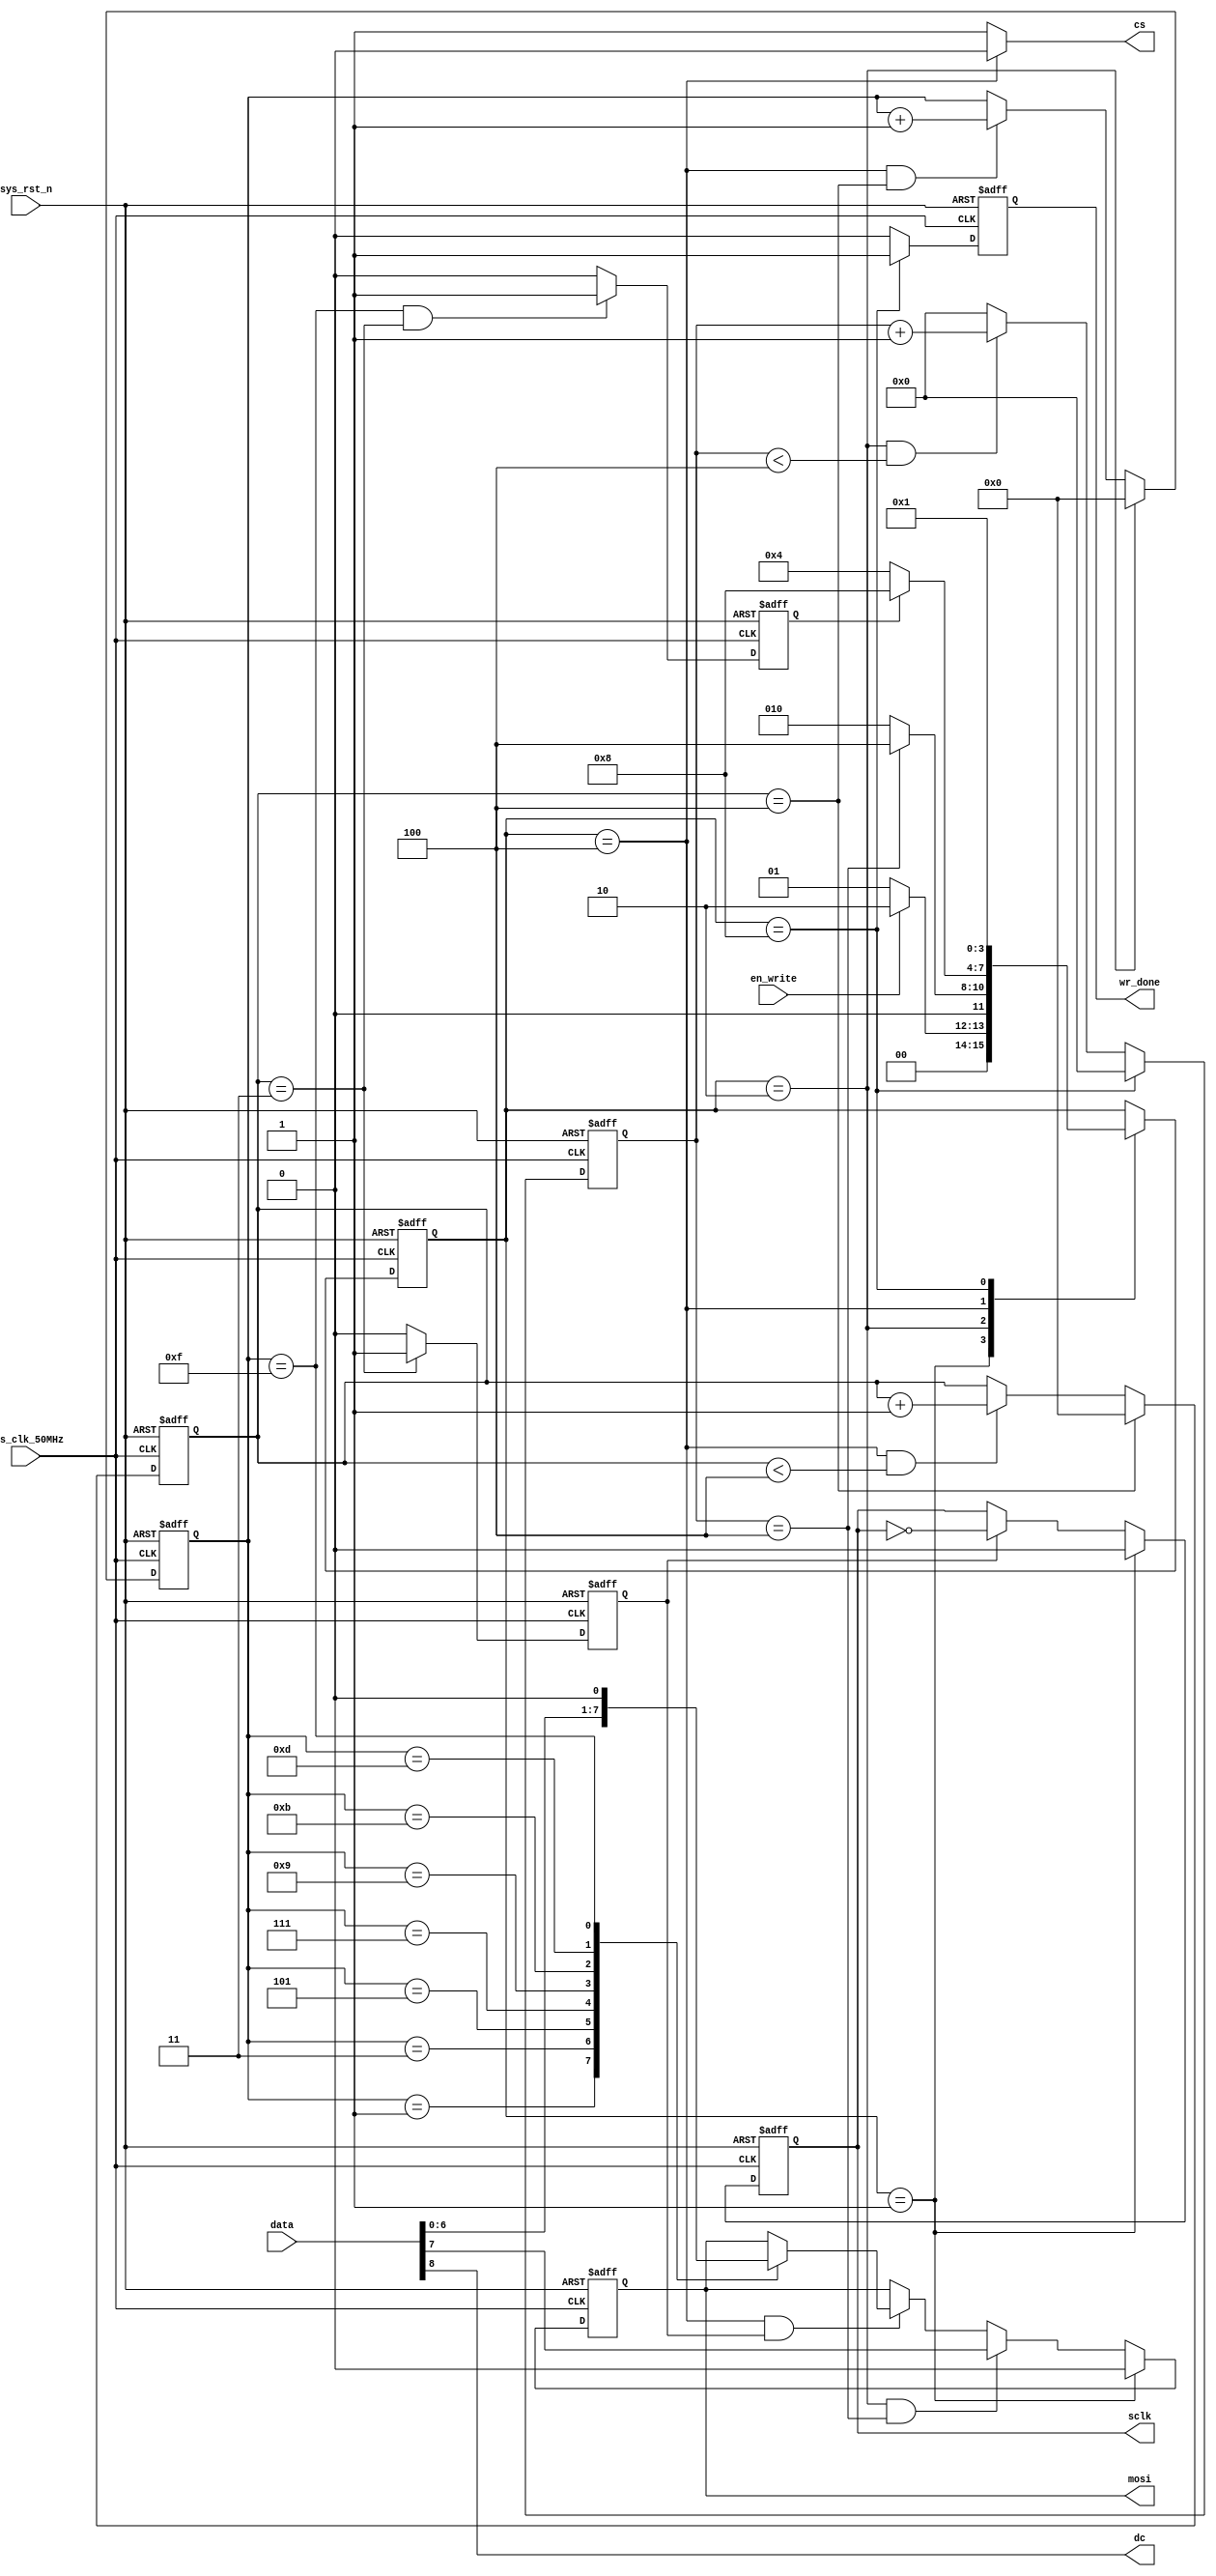


module  lcd_write
(
    input   wire            sys_clk_50MHz       ,
    input   wire            sys_rst_n           ,
    input   wire    [8:0]   data                ,
    input   wire            en_write            ,

    output  reg             wr_done             ,
    output  wire            cs                  ,
    output  wire            dc                  ,
    output  reg             sclk                ,
    output  reg             mosi                
);

//****************** Parameter and Internal Signal *******************//
//spi
//0CPOL = 0, CPHA = 0;
//1CPOL = 0, CPHA = 1;
//2CPOL = 1, CPHA = 0;
//3CPOL = 1, CPHA = 1;
parameter CPOL = 1'b0;  //
parameter CPHA = 1'b0;  //

parameter DELAY_TIME = 3'd4; //3

parameter CNT_SCLK_MAX = 4'd4; //3

parameter STATE0 = 4'b0_001;
parameter STATE1 = 4'b0_010;
parameter STATE2 = 4'b0_100;
parameter DONE   = 4'b1_000;

//----------------------------------------------------------------- 
reg     [3:0]   state;

reg     [4:0]   cnt_delay;

reg     [3:0]   cnt1;

reg     [3:0]   cnt_sclk;

reg             sclk_flag;

reg             state2_finish_flag;

//******************************* Main Code **************************// 
//
always@(posedge sys_clk_50MHz or negedge sys_rst_n)
    if(!sys_rst_n)
        state <= STATE0;
    else
        case(state)
            STATE0 : state <= (en_write) ? STATE1 : STATE0; 
            STATE1 : state <= (cnt_delay == DELAY_TIME) ? STATE2 : STATE1; 
            STATE2 : state <= (state2_finish_flag) ? DONE : STATE2;
            DONE   : state <= STATE0;
        endcase
        
//----------------------------------------------------------------- 
//cnt_delay
always@(posedge sys_clk_50MHz or negedge sys_rst_n)
    if(!sys_rst_n)
        cnt_delay <= 'd0;
    else if(state ==  DONE)
        cnt_delay <= 'd0;
    else if(state == STATE1 && cnt_delay < DELAY_TIME)
        cnt_delay <= cnt_delay + 1'b1;
    else
        cnt_delay <= 'd0;

//cnt1sclk_flagmosi
always@(posedge sys_clk_50MHz or negedge sys_rst_n)
    if(!sys_rst_n)
        cnt1 <= 'd0;
    else if(state == STATE1)
        cnt1 <= 'd0;
    else if(state == STATE2 && cnt_sclk == CNT_SCLK_MAX)
        cnt1 <= cnt1 + 1'b1;
        
//cnt_sclkspi       
always@(posedge sys_clk_50MHz or negedge sys_rst_n)
    if(!sys_rst_n)
        cnt_sclk <= 'd0;
    else if(cnt_sclk == CNT_SCLK_MAX)
        cnt_sclk <= 'd0;
    else if(state == STATE2 && cnt_sclk < CNT_SCLK_MAX)
        cnt_sclk <= cnt_sclk + 1'b1;
         
//sclk
always@(posedge sys_clk_50MHz or negedge sys_rst_n)
    if(!sys_rst_n)
        sclk_flag <= 1'b0;
    //1
    else if(CPHA == 1'b1 && state == STATE1 && (cnt_delay == DELAY_TIME - 1'b1))
        sclk_flag <= 1'b1;
    else if(cnt_sclk == CNT_SCLK_MAX - 1'b1)
        sclk_flag <= 1'b1;
    else
        sclk_flag <= 1'b0;
        
//STATE2DONE
always@(posedge sys_clk_50MHz or negedge sys_rst_n)
    if(!sys_rst_n)
        state2_finish_flag <= 1'b0;
    else if(cnt1 == 'd15 && (cnt_sclk == CNT_SCLK_MAX - 1'b1))
        state2_finish_flag <= 1'b1;
    else
        state2_finish_flag <= 1'b0;
        
//-----------------------------------------------------------------           
//sclk
always@(posedge sys_clk_50MHz or negedge sys_rst_n)
    if(!sys_rst_n)
        sclk <= 1'b0;
    //1sclk
    else if(CPOL == 1'b1 && state == STATE0)
        sclk <= 1'b1;
    //0sclk
    else if(CPOL == 1'b0 && state == STATE0)
        sclk <= 1'b0;
    else if(sclk_flag)  //slck_flagsclk
        sclk <= ~sclk;
    else
        sclk <= sclk;

//mosiSPI
always@(posedge sys_clk_50MHz or negedge sys_rst_n)
    if(!sys_rst_n)
        mosi <= 1'b0;
    else if(state == STATE0)
        mosi <= 1'b0;
    else if(state == STATE1 && cnt_delay == CNT_SCLK_MAX)
        mosi <= data[7];
    else if(state == STATE2 && sclk_flag)
        case(cnt1)
            1 : mosi <= data[6];
            3 : mosi <= data[5];
            5 : mosi <= data[4];
            7 : mosi <= data[3];
            9 : mosi <= data[2];
            11: mosi <= data[1];
            13: mosi <= data[0];
            15: mosi <= 1'b0;
            default: mosi <= mosi;
        endcase
    else 
        mosi <= mosi;

//wr_done
always@(posedge sys_clk_50MHz or negedge sys_rst_n)
    if(!sys_rst_n)
        wr_done <= 1'b0;
    else if(state == DONE)
        wr_done <= 1'b1;
    else
        wr_done <= 1'b0;

//cs
assign cs = (state == STATE2) ? 1'b0 : 1'b1;

//dc/
//datadc
assign dc = data[8]; 

endmodule